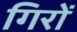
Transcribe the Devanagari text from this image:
गिरों